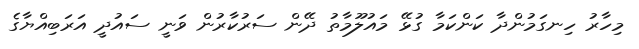
މިހާރު ހިނގަމުންދާ ކަންކަމާ ގުޅޭ މައުލޫމާތު ދޭން ސަރުކާރުން ވަނީ ސައުދީ އަރަބިއްޔާގެ